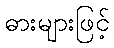
ဓားများဖြင့်